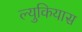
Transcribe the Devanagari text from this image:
ल्युकियास